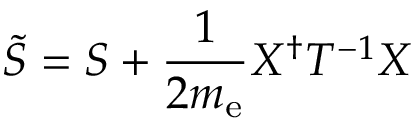
{ \tilde { S } = S + \frac { 1 } { 2 m _ { \mathrm { e } } } X ^ { \dagger } T ^ { - 1 } X }